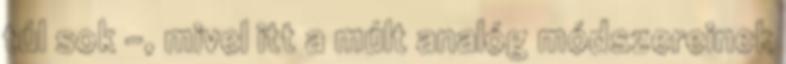
túl sok –, mivel itt a múlt analóg módszereinek